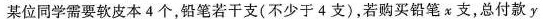
某位同学需要软皮本4个，铅笔若干支(不少于4支)，若购买铅笔x支，总付款y